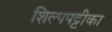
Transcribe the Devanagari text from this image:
शिल्पपट्टीका